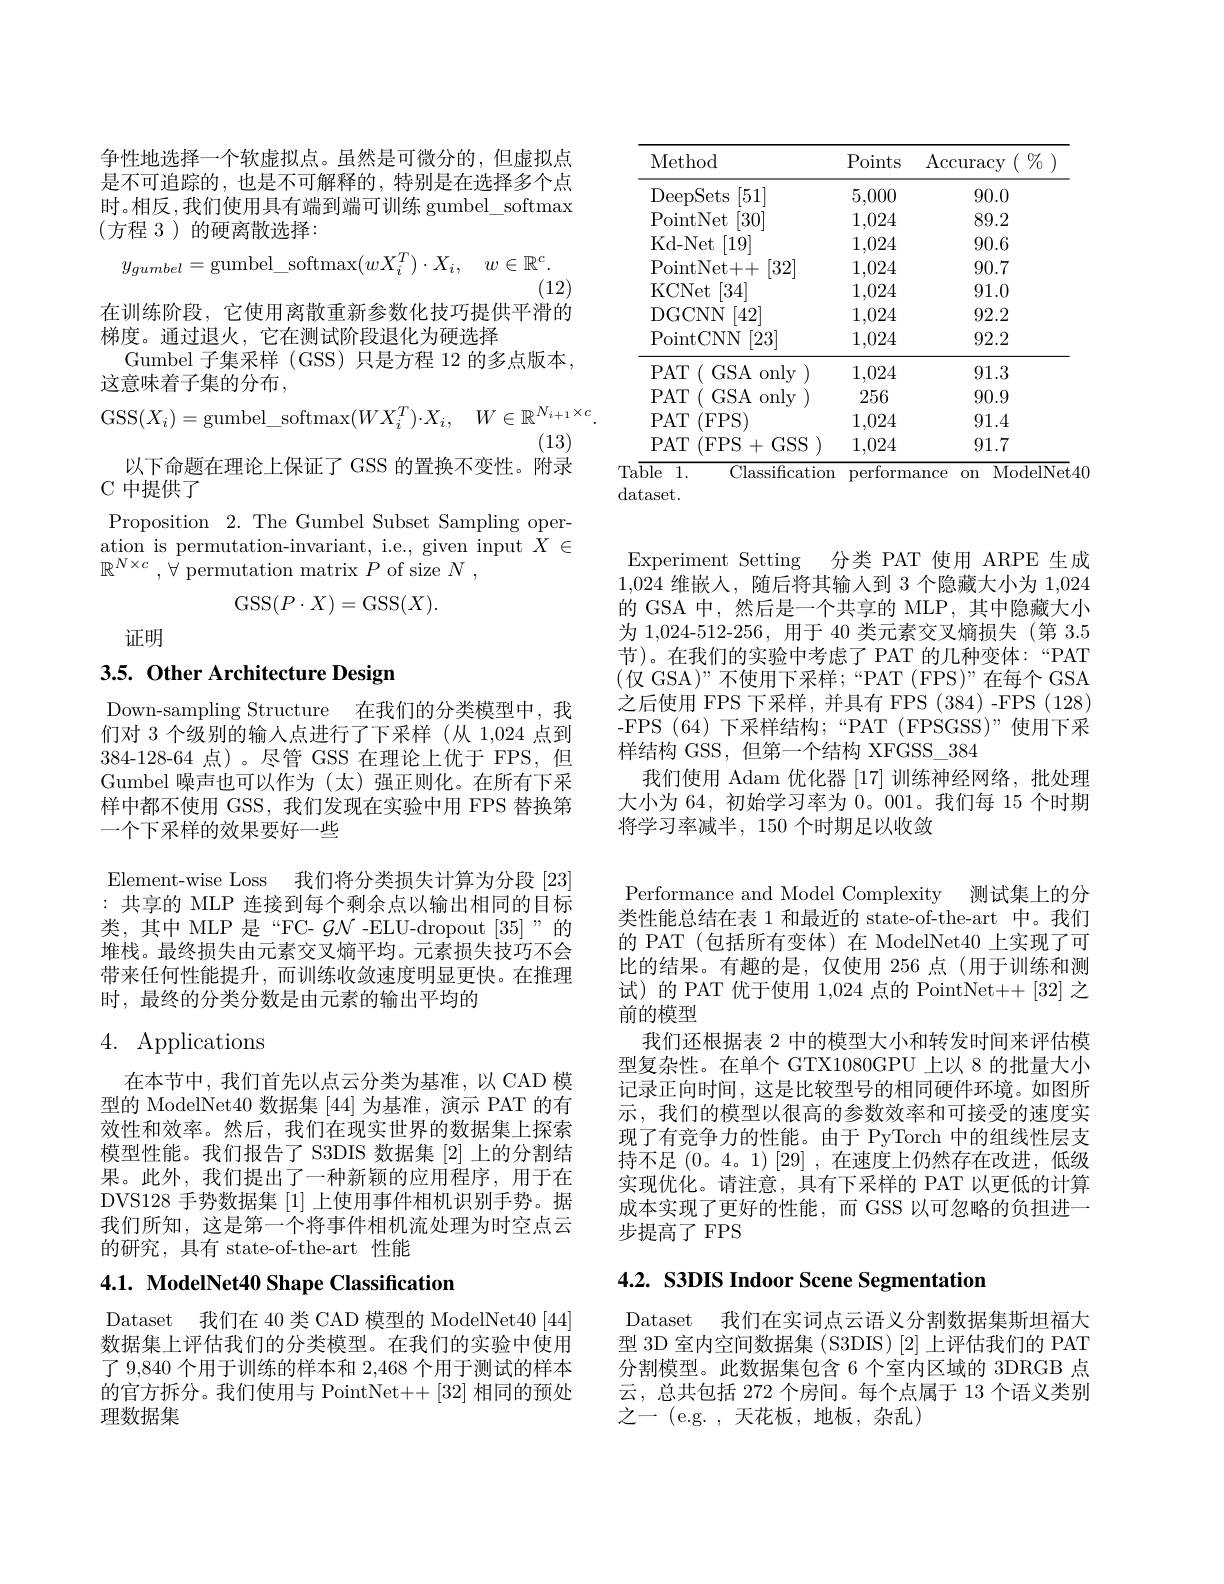
$$y_{gumbel}=\mathrm{gumbel}_\mathrm{softmax}(wX_i^T)\cdot X_i,\quad w\in\mathbb{R}^c.$$
(12)
在训练阶段，它使用离散重新参数化技巧提供平滑的

争性地选择一个软虚拟点。虽然是可微分的，但虚拟点是不可追踪的，也是不可解释的，特别是在选择多个点时。相反，我们使用具有端到端可训练 gumbel\_softmax (方程 3)的硬离散选择：
梯度。通过退火，它在测试阶段退化为硬选择
Gumbel 子集采样 (GSS) 只是方程 12 的多点版本，
这意味着子集的分布，
$$\mathrm{GSS}(X_i)=\mathrm{gumbel}_\mathrm{softmax}(WX_i^T)\cdot X_i,\quad W\in\mathbb{R}^{N_{i+1}\times c}.$$
(13)
以下命题在理论上保证了 GSS 的置换不变性。附录
C 中提供了
Proposition 2. The Gumbel Subset Sampling operation is permutation-invariant, i.e., given input $X\in$ $\mathbb{R} ^{N\times c}$ , $\forall$ permutation matrix $P$ of size $N$ ,
$$\mathrm{GSS}(P\cdot X)=\mathrm{GSS}(X).$$
证明

## 3.5. Other Architecture Design

Down-sampling Structure 在我们的分类模型中，我们对 3 个级别的输入点进行了下采样(从 1,024 点到384-128-64 点)。尽管 GSS 在理论上优于 FPS,但Gumbel 噪声也可以作为(太)强正则化。在所有下采样中都不使用 GSS, 我们发现在实验中用 FPS 替换第一个下采样的效果要好一些

Element- wise Loss 我们将分类损失计算为分段 [23] :共享的 MLP 连接到每个剩余点以输出相同的目标类，其中 MLP 是“FC- $\mathcal{GN}$ -ELU-dropout [35]”的堆栈。最终损失由元素交叉熵平均。元素损失技巧不会带来任何性能提升，而训练收敛速度明显更快。在推理时，最终的分类分数是由元素的输出平均的

# 4. Applications

在本节中，我们首先以点云分类为基准，以 CAD 模型的 ModelNet40 数据集 [44] 为基准，演示 PAT 的有效性和效率。然后，我们在现实世界的数据集上探索模型性能。我们报告了 S3DIS 数据集 [2] 上的分割结果。此外，我们提出了一种新颖的应用程序，用于在DVS128 手势数据集[1]上使用事件相机识别手势。据我们所知，这是第一个将事件相机流处理为时空点云的研究，具有 state-of-the-art 性能

## 4.1. ModelNet40 Shape Classification

Dataset 我们在 40 类 CAD 模型的 ModelNet40[44] 数据集上评估我们的分类模型。在我们的实验中使用了 9,840 个用于训练的样本和 2,468 个用于测试的样本的官方拆分。我们使用与 PointNet++[32] 相同的预处理数据集

<table>
	<tbody>
		<tr>
			<th>Method</th>
			<th>Points</th>
			<th>$\operatorname{Accuracy}$ $\left(\begin{array}{l}{0}{7}\\{0}\end{array}\right)$</th>
		</tr>
		<tr>
			<td>[51] DeepSets</td>
			<td>5,000</td>
			<td>90.0</td>
		</tr>
		<tr>
			<td>PointNet [30]</td>
			<td>1,024</td>
			<td>89.2</td>
		</tr>
		<tr>
			<td>Kd- Net [19]</td>
			<td>1,024</td>
			<td>90.6</td>
		</tr>
		<tr>
			<td>PointNet+ + [32]</td>
			<td>1,024</td>
			<td>90.7</td>
		</tr>
		<tr>
			<td>KCNet [34]</td>
			<td>1,024</td>
			<td>91.0</td>
		</tr>
		<tr>
			<td>[42] DGCNN</td>
			<td>1,024</td>
			<td>92.2</td>
		</tr>
		<tr>
			<td>[23] PointCNN</td>
			<td>1,024</td>
			<td>92.2</td>
		</tr>
		<tr>
			<td>$PAT$ GSA only</td>
			<td>1,024</td>
			<td>91.3</td>
		</tr>
		<tr>
			<td>GSA only $PAT$</td>
			<td>256</td>
			<td>90.9</td>
		</tr>
		<tr>
			<td>(FPS $PAT$</td>
			<td>1,024</td>
			<td>91.4</td>
		</tr>
		<tr>
			<td>$PAT$ (FPS+GSS</td>
			<td>1,024</td>
			<td>91.7</td>
		</tr>
	</tbody>
</table>
dataset.

分类 PAT 使用 ARPE 生成
Experiment Setting
1,024维嵌人，随后将其输入到 3 个隐藏大小为 1,024的 GSA 中，然后是一个共享的 MLP,其中隐藏大小为 1,024-512-256, 用于 40 类元素交叉熵损失 (第 3.5节)。在我们的实验中考虑了 PAT 的几种变体：“PAT (仅 GSA)”不使用下采样；“PAT(FPS$)”$在每个GSA 之后使用 FPS 下采样，并具有 FPS (384)-FPS (128) -FPS (64)下采样结构；“PAT (FPSGSS)”使用下采样结构 GSS,但第一个结构 XFGSS\_384
我们使用 Adam 优化器[17]训练神经网络，批处理大小为 64, 初始学习率为0。001。我们每 15 个时期将学习率减半，150个时期足以收敛

Performance and Model Complexity 测试集上的分类性能总结在表 1 和最近的 state-of-the-art 中。我们的 PAT (包括所有变体)在 ModelNet40 上实现了可比的结果。有趣的是，仅使用 256 点(用于训练和测试)的 PAT 优于使用 1,024 点的 PointNet++[32] 之前的模型
我们还根据表 2 中的模型大小和转发时间来评估模型复杂性。在单个 GTX1080GPU 上以 8 的批量大小记录正向时间，这是比较型号的相同硬件环境。如图所示，我们的模型以很高的参数效率和可接受的速度实现了有竞争力的性能。由于 PyTorch 中的组线性层支持不足(0。4。1)[29],在速度上仍然存在改进，低级实现优化。请注意，具有下采样的 PAT 以更低的计算成本实现了更好的性能，而 GSS 以可忽略的负担进一

步提高了 FPS

4.2. S3DIS Indoor Scene Segmentation

Dataset 我们在实词点云语义分割数据集斯坦福大型 3D 室内空间数据集 (S3DIS) [2] 上评估我们的 PAT 分割模型。此数据集包含 6 个室内区域的 3DRGB 点云，总共包括 272 个房间。每个点属于 13 个语义类别之一 (e.g. ,天花板，地板，杂乱)